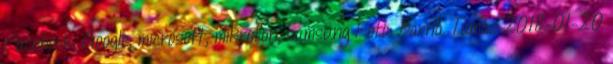
Facebook, Google, microsoft, mikrofon, samsung Fotó: Barna Tamás 2018-01-20